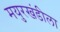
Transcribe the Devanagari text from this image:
मयुरखंडीला